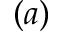
( a )